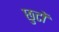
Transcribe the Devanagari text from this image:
छुटों